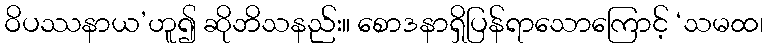
ဝိပဿနာယ’ဟူ၍ ဆိုဘိသနည်း။ စောဒနာရှိပြန်ရာသောကြောင့် ‘သမထ၊